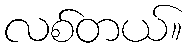
လစ်တယ်။